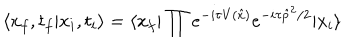
\langle x _ { f } , t _ { f } | x _ { i } , t _ { i } \rangle = \langle x _ { f } | \prod e ^ { - i \tau V ( \hat { x } ) } e ^ { - i \tau \hat { p } ^ { 2 } / 2 } | x _ { i } \rangle